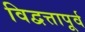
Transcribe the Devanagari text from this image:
विद्वत्तापूर्व